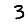
Digit: 3